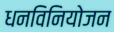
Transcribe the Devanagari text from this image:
धनविनियोजन